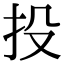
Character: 投